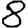
Digit: 8